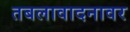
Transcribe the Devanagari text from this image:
तबलावादनावर